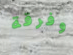
وفرقة